Report on vaccination in Madras 1922-1929 - 1922-1929
Year: 1922
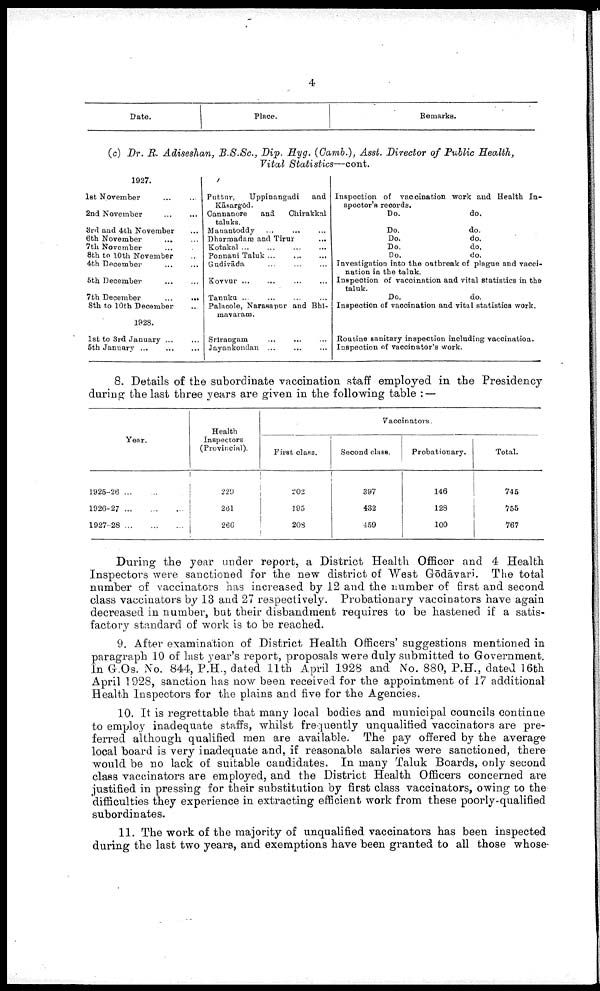
4
Date.
1
Place.
Remarks.
(c) Dr. R. Adiseshan, B.S.Sc., Dip. Hyg. (Camb.), Asst. Director of Public Health,
Vital
Statistics—cont.
1927.
1st November ... ...
2nd November
...
...
3rd and 4th November ...
6th November ... ...
7th November ... ...
8th to 10th November ...
4th December
...
...
5th December
...
...
7th December
...
...
8th to 10th December ...
1928.
1st to 3rd January ... ...
5th January ...
...
...
Puttur,
Uppinangadi
and
Kāsargōd.
Cannanore
and
Chirakkal
taluks.
Manantoddy ... ... ...
Dharmadam and Tirur ...
Kotakal
...
...
...
...
Ponnani Taluk ...
...
...
Gudivāda ... ... ...
Kovvur ... ... ... ...
Tanuku
...
...
...
Palacole, Narasapur and Bhī¬
mavaram.
Srīrangam ... ... ...
Jayankondan ... ... ...
Inspection of vaccination work and Health In
spector's records.
Do.
do.
Do.
do.
Do.
do.
Do.
do.
Do.
do.
Investigation into the outbreak of plague and vacci
nation in the taluk.
Inspection of vaccination and vital statistics in the
taluk.
Do.
do.
Inspection of vaccination and vital statistics work.
Routine sanitary inspection including vaccination.
Inspection of vaccinator's work.
8. Details of the subordinate vaccination staff employed in the Presidency
during the last three years are given in the following table : —
Year.
1925-26 ... ...
1926-27
...
...
...
1927-28
...
...
...
Health
Inspectors
(Provincial).
229
261
266
Vaccinators.
First class.
202
195
208
Second class.
397
432
459
Probationary.
146
128
100
Total.
745
755
767
During the year under report, a District Health Officer and 4 Health
Inspectors were sanctioned for the new district of West Gōdāvari. The total
number of vaccinators has increased by 12 and the number of first and. second
class vaccinators by 13 and 27 respectively. Probationary vaccinators have again
decreased in number, but their disbandment requires to be hastened if a satis
factory standard of work is to be reached.
9. After examination of District Health Officers' suggestions mentioned in
paragraph 10 of last year's report, proposals were duly submitted to Government.
In G.Os. No. 844, P.H., dated 11th April 1928 and No. 880, P.H., dated 16th
April 1928, sanction has now been received for the appointment of 17 additional
Health Inspectors for the plains and five for the Agencies.
10. It is regrettable that many local bodies and municipal councils continue
to employ inadequate staffs, whilst frequently unqualified vaccinators are pre
ferred although qualified men are available. The pay offered by the average
local board is very inadequate and, if reasonable salaries were sanctioned, there
would be no lack of suitable candidates. In many Taluk Boards, only second
class vaccinators are employed, and the District Health Officers concerned are
justified in pressing for their substitution by first class vaccinators, owing to the
difficulties they experience in extracting efficient work from these poorly-qualified
subordinates.
11. The work of the majority of unqualified vaccinators has been inspected
during the last two years, and exemptions have been granted to all those whose